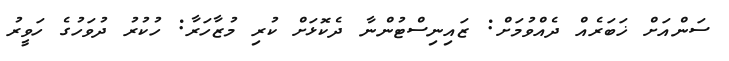
ސަންއަށް ޚަބަރެއް ދެއްވުމަށް: ޒައިނިސްޓުންނާ ދެކޮޅަށް ކުރި މުޒާހަރާ: ހުކުރު ދުވަހުގެ ހަވީރު